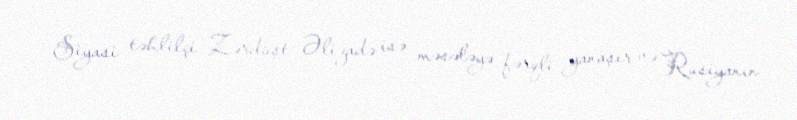
Siyasi təhlilçi Zərdüşt Əlizadə isə məsələyə fərqli yanaşır və Rusiyanın